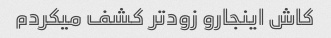
کاش اینجارو زودتر کشف میکردم